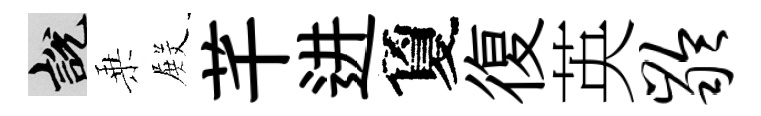
説乗𭮺芊进夐復英龄